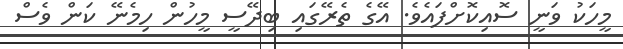
މީހަކު ވަނީ ސޮއިކޮށްފައެވެ. އޭގެ ތެރޭގައި ބިދޭސީ މީހުން ހިމެނޭ ކަން ވެސް